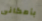
بأمكانى